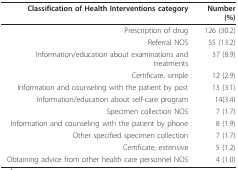
<table><thead><tr><td><b>Classification of Health Interventions category</b></td><td><b>Number (%)</b></td></tr></thead><tbody><tr><td>Prescription of drug</td><td>126 (30.2)</td></tr><tr><td>Referral NOS</td><td>55 (13.2)</td></tr><tr><td>Information/education about examinations and treatments</td><td>37 (8.9)</td></tr><tr><td>Certificate, simple</td><td>12 (2.9)</td></tr><tr><td>Information and counseling with the patient by post</td><td>13 (3.1)</td></tr><tr><td>Information/education about self-care program</td><td>14(3.4)</td></tr><tr><td>Specimen collection NOS</td><td>7 (1.7)</td></tr><tr><td>Information and counseling with the patient by phone</td><td>8 (1.9)</td></tr><tr><td>Other specified specimen collection</td><td>7 (1.7)</td></tr><tr><td>Certificate, extensive</td><td>5 (1.2)</td></tr><tr><td>Obtaining advice from other health care personnel NOS</td><td>4 (1.0)</td></tr></tbody></table>